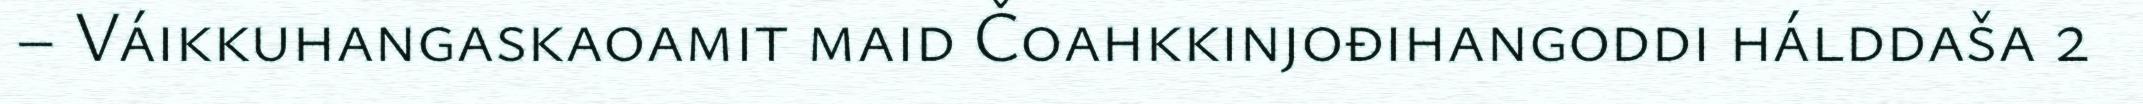
– Váikkuhangaskaoamit maid Čoahkkinjođihangoddi hálddaša 2